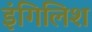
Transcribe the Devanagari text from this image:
इंगिलिश